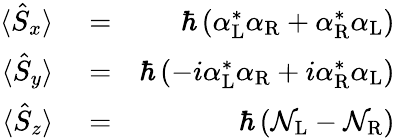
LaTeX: \begin{array}{rlr}{\langle\hat{S}_{x}\rangle}&{{}=}&{\hbar\left({\alpha}_{\mathrm{L}}^{*}{\alpha}_{\mathrm{R}}+{\alpha}_{\mathrm{R}}^{*}{\alpha}_{\mathrm{L}}\right)}\\ {\langle\hat{S}_{y}\rangle}&{{}=}&{\hbar\left(-i{\alpha}_{\mathrm{L}}^{*}{\alpha}_{\mathrm{R}}+i{\alpha}_{\mathrm{R}}^{*}{\alpha}_{\mathrm{L}}\right)}\\ {\langle\hat{S}_{z}\rangle}&{{}=}&{\hbar\left({\mathcal N}_{\mathrm{L}}-{\mathcal N}_{\mathrm{R}}\right)}\end{array}